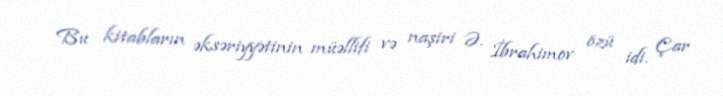
Bu kitabların əksəriyyətinin müəllifi və naşiri Ə. İbrahimov özü idi. Çar